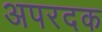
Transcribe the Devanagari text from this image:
अपरदक